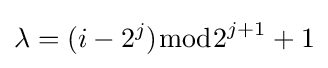
\lambda =(i-2^{j}){\bmod {2}}^{j+1}+1